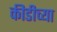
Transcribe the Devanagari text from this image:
कीडीच्या